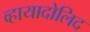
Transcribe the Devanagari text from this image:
व्हायादोलिद